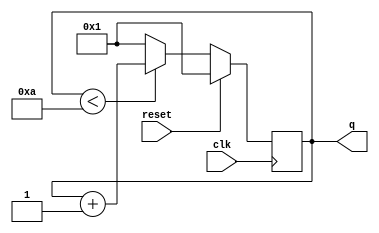
//2022_11_2 kerong
//Decade counter again
module top_module (
    input clk,
    input reset,
    output reg[3:0] q);

always @(posedge clk) begin
    if(reset)begin
        q <= 4'd1;
    end
    else begin
        if(q < 10)begin
            q <= q + 1;
        end
        else begin
            q <= 4'd1;
        end
    end
end

endmodule